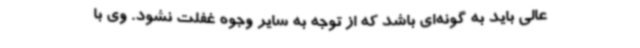
عالی باید به گونه‌ای باشد که از توجه به سایر وجوه غفلت نشود. وی با